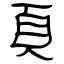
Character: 頁